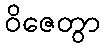
ဝိဇေတွာ